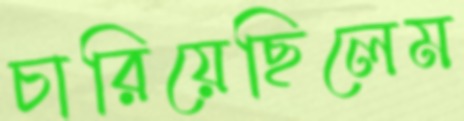
চারিয়েছিলেম